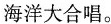
海洋大合唱。